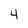
Character: 4